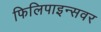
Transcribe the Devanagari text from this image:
फिलिपाइन्सवर